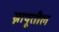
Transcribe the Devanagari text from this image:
स्नायूतील